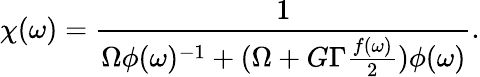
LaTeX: \chi(\omega)=\frac{1}{\Omega\phi(\omega)^{-1}+(\Omega+G\Gamma\frac{f(\omega)}{2})\phi(\omega)}.